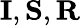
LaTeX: \mathbf{I},\mathbf{S},\mathbf{R}